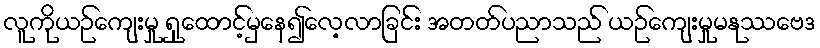
လူကိုယဉ်ကျေးမှု ရှုထောင့်မှနေ၍လေ့လာခြင်း အတတ်ပညာသည် ယဉ်ကျေးမှုမနုဿဗေဒ